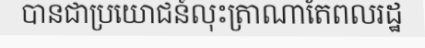
បានជាប្រយោជន៍លុះត្រាណាតែពលរដ្ឋ